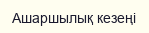
Ашаршылық кезеңі